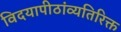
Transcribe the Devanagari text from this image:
विदयापीठांव्यतिरिक्त